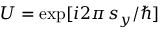
U = \exp [ i 2 \pi \, s _ { y } / \hbar ]